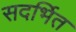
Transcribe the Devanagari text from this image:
सदर्भित